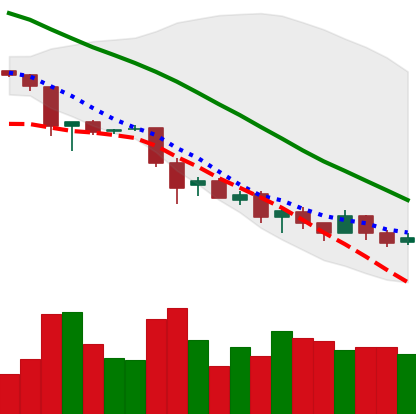
Ticker: EOS-USD
Chart end date: 2018-12-01
Forward return: -36.834%
Label: down_7plus